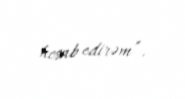
hesab edirəm”.